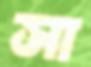
সা